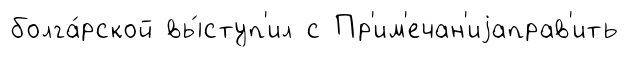
болга́рской вы́ступ'ил с Пр'им'ечан'иjаправ'ить